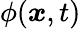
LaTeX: \phi({\boldsymbol{x}},t)